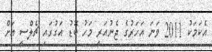
އެކަމަކު 2011 ވަނަ އަހަރުގެ ޖެނުއަރީ މަހު ބޮޑު އަގުގައި ޗެލްސީ އަށް